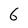
Character: 6